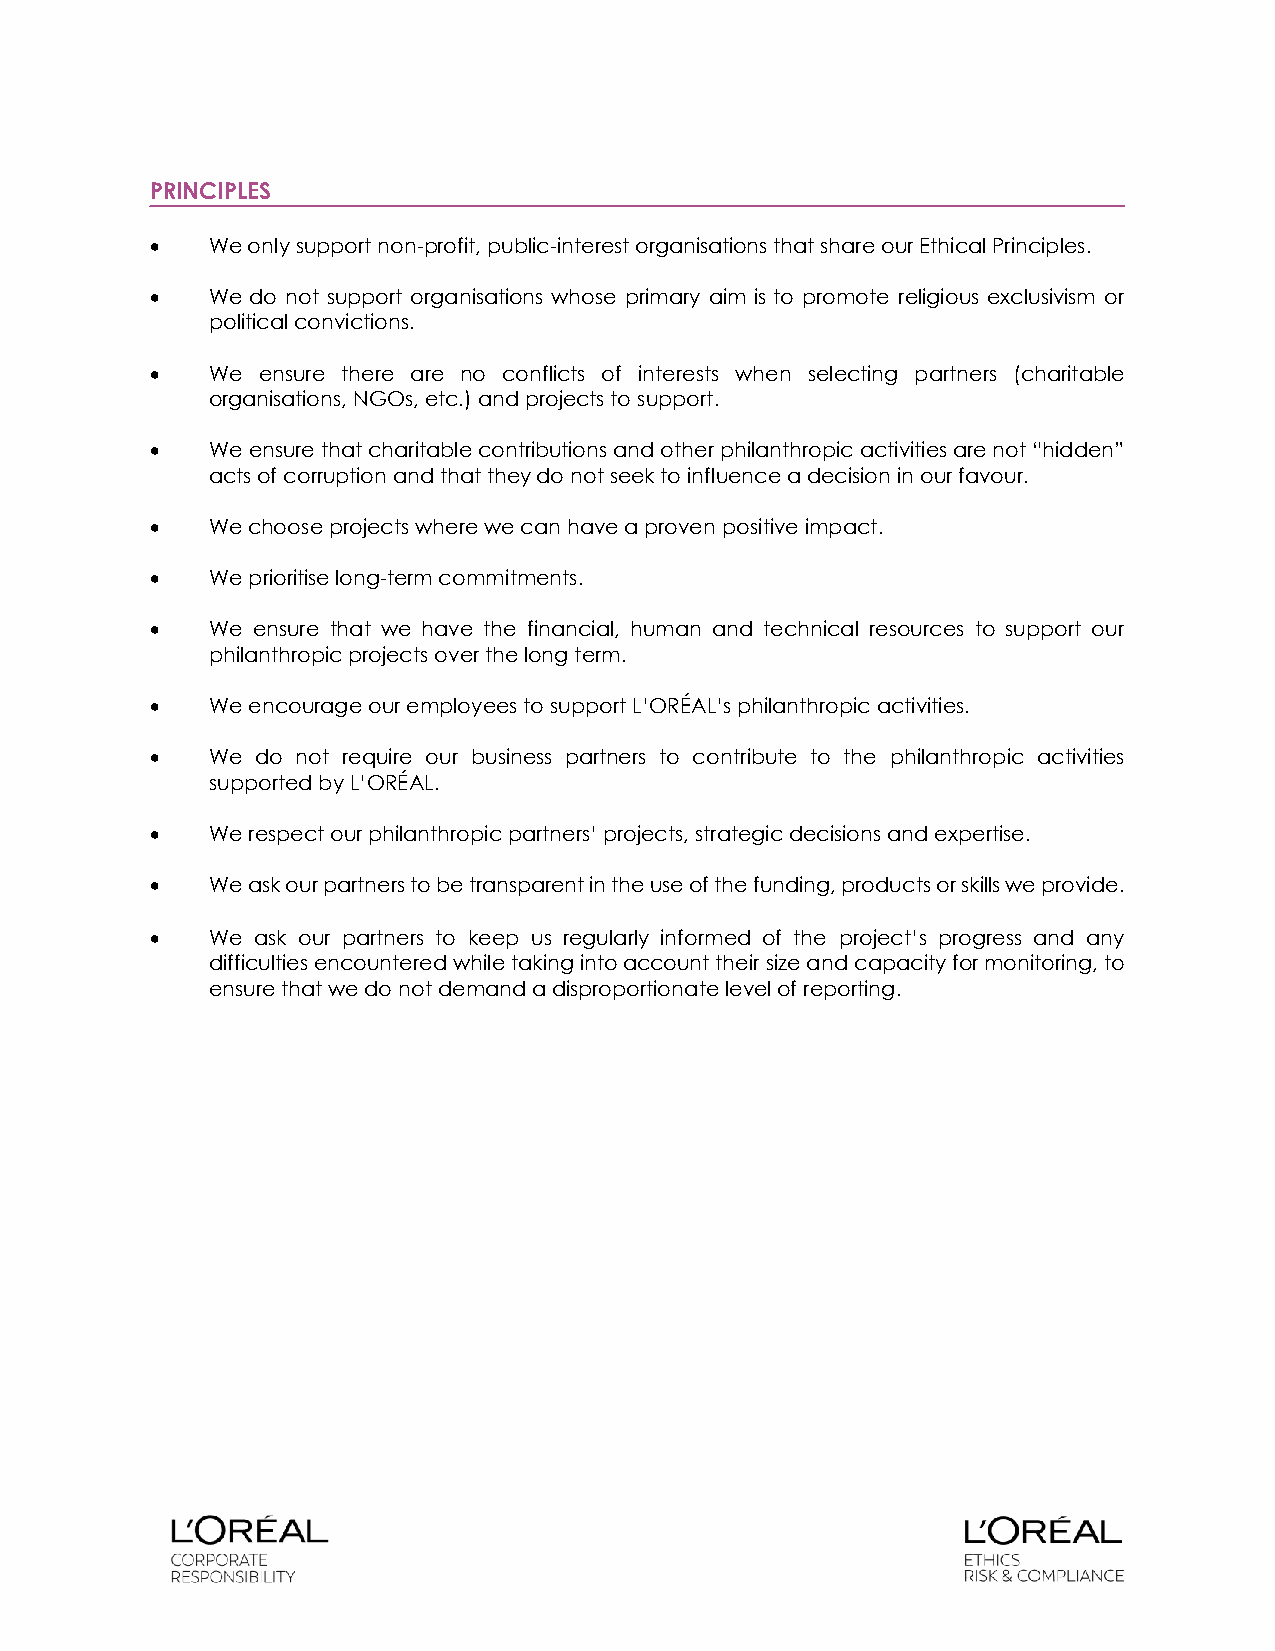
PRINCIPLES
 •   We only support non-profit, public-interest organisations that share our Ethical Principles.
 •   We do not support organisations whose primary aim is to promote religious exclusivism or
 political convictions.
 •   We ensure there are no conflicts of interests when selecting partners (charitable
 organisations, NGOs, etc.) and projects to support.
 •   We ensure that charitable contributions and other philanthropic activities are not “hidden”
 acts of corruption and that they do not seek to influence a decision in our favour.
 •   We choose projects where we can have a proven positive impact.
 •   We prioritise long-term commitments.
 •   We ensure that we have the financial, human and technical resources to support our
 philanthropic projects over the long term.
 •   We encourage our employees to support L’ORÉAL’s philanthropic activities.
 •   We do not require our business partners to contribute to the philanthropic activities
 supported by L’ORÉAL.
 •   We respect our philanthropic partners’ projects, strategic decisions and expertise.
 •   We ask our partners to be transparent in the use of the funding, products or skills we provide.
 •   We ask our partners to keep us regularly informed of the project’s progress and any
 difficulties encountered while taking into account their size and capacity for monitoring, to
 ensure that we do not demand a disproportionate level of reporting.